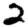
Digit: 2